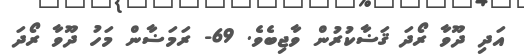
އަދި ދޫވާ ރޯދަ ޤަޟާކުރުން ވާޖިބެވެ. 69- ރަމަޟާން މަހު ދޫވާ ރޯދަ